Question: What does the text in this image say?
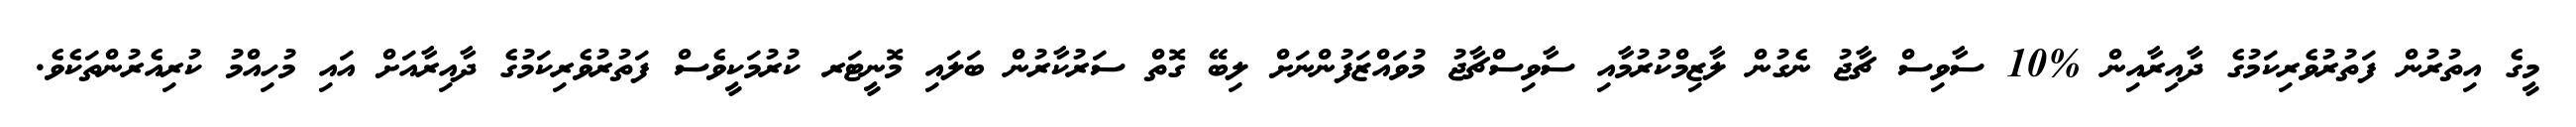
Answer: މީގެ އިތުރުން ފަތުރުވެރިކަމުގެ ދާއިރާއިން %10 ސާވިސް ޗާޖު ނެގުން ލާޒިމްކުރުމާއި ސާވިސްޗާޖު މުވައްޒަފުންނަށް ލިބޭ ގޮތް ސަރުކާރުން ބަލައި މޮނީޓަރ ކުރުމަކީވެސް ފަތުރުވެރިކަމުގެ ދާއިރާއަށް އައި މުހިއްމު ކުރިއެރުންތަކެވެ.